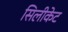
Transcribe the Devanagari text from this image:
सिलीकेट